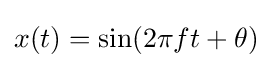
x(t)=\sin(2\pi ft+\theta )